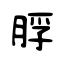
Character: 脬